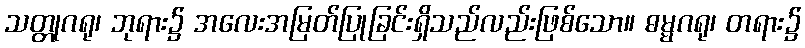
သတ္တုဂရု၊ ဘုရား၌ အလေးအမြတ်ပြုခြင်းရှိသည်လည်းဖြစ်သော။ ဓမ္မဂရု၊ တရား၌